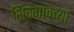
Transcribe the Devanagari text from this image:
शिरगावच्या